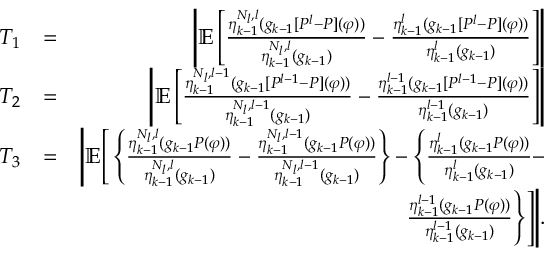
\begin{array} { r l r } { T _ { 1 } } & { = } & { \left| \mathbb { E } \left[ \frac { \eta _ { k - 1 } ^ { N _ { l } , l } ( g _ { k - 1 } [ P ^ { l } - P ] ( \varphi ) ) } { \eta _ { k - 1 } ^ { N _ { l } , l } ( g _ { k - 1 } ) } - \frac { \eta _ { k - 1 } ^ { l } ( g _ { k - 1 } [ P ^ { l } - P ] ( \varphi ) ) } { \eta _ { k - 1 } ^ { l } ( g _ { k - 1 } ) } \right] \right| } \\ { T _ { 2 } } & { = } & { \left| \mathbb { E } \left[ \frac { \eta _ { k - 1 } ^ { N _ { l } , l - 1 } ( g _ { k - 1 } [ P ^ { l - 1 } - P ] ( \varphi ) ) } { \eta _ { k - 1 } ^ { N _ { l } , l - 1 } ( g _ { k - 1 } ) } - \frac { \eta _ { k - 1 } ^ { l - 1 } ( g _ { k - 1 } [ P ^ { l - 1 } - P ] ( \varphi ) ) } { \eta _ { k - 1 } ^ { l - 1 } ( g _ { k - 1 } ) } \right] \right| } \\ { T _ { 3 } } & { = } & { \Bigg | \mathbb { E } \Bigg [ \left\{ \frac { \eta _ { k - 1 } ^ { N _ { l } , l } ( g _ { k - 1 } P ( \varphi ) ) } { \eta _ { k - 1 } ^ { N _ { l } , l } ( g _ { k - 1 } ) } - \frac { \eta _ { k - 1 } ^ { N _ { l } , l - 1 } ( g _ { k - 1 } P ( \varphi ) ) } { \eta _ { k - 1 } ^ { N _ { l } , l - 1 } ( g _ { k - 1 } ) } \right\} - \Bigg \{ \frac { \eta _ { k - 1 } ^ { l } ( g _ { k - 1 } P ( \varphi ) ) } { \eta _ { k - 1 } ^ { l } ( g _ { k - 1 } ) } - } \\ & { } & { \frac { \eta _ { k - 1 } ^ { l - 1 } ( g _ { k - 1 } P ( \varphi ) ) } { \eta _ { k - 1 } ^ { l - 1 } ( g _ { k - 1 } ) } \Bigg \} \Bigg ] \Bigg | . } \end{array}